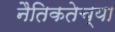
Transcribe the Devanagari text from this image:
नैतिकतेच्या